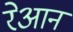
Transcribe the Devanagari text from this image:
रेआन